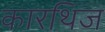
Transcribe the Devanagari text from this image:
कारथिज